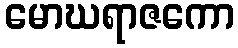
မောဃရာဇကော